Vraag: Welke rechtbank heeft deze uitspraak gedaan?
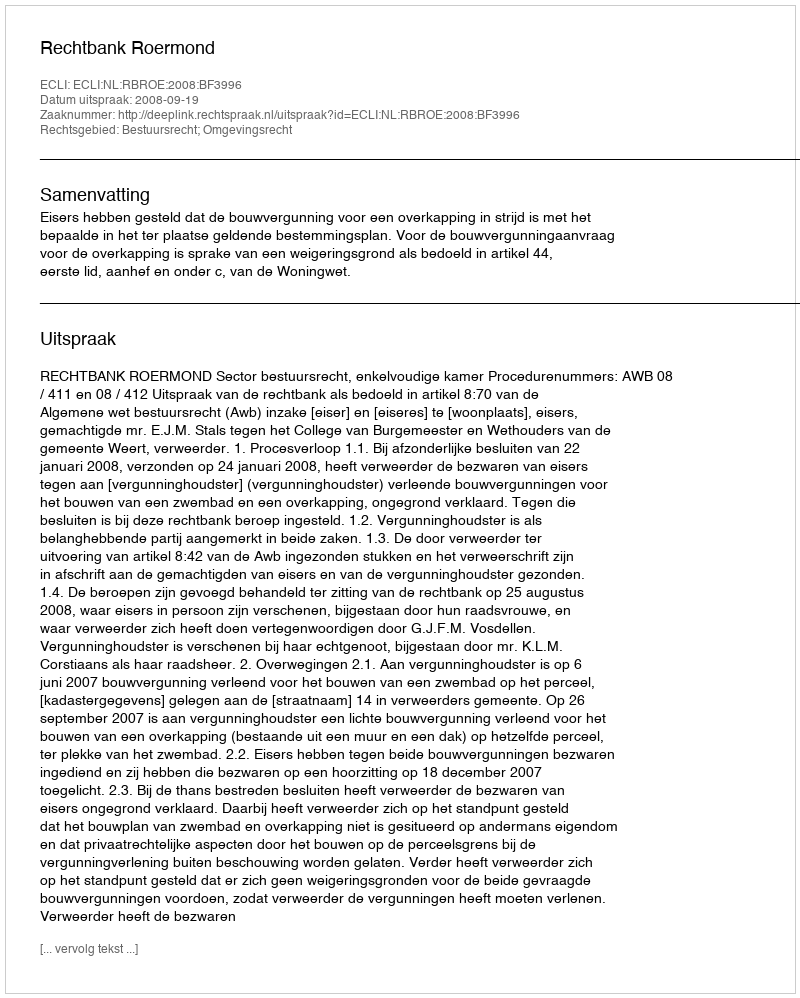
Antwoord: Rechtbank Roermond